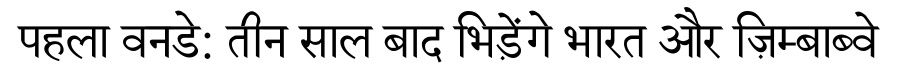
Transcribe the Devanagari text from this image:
पहला वनडे: तीन साल बाद भिड़ेंगे भारत और ज़िम्बाब्वे